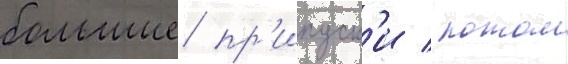
большие пр'ипуск'и / потом